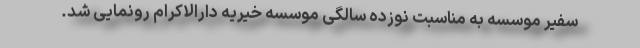
سفیر موسسه به مناسبت نوزده سالگی موسسه خیریه دارالاکرام رونمایی شد.